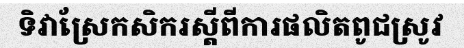
ទិវាស្រែកសិករស្តីពីការផលិតពូជស្រូវ